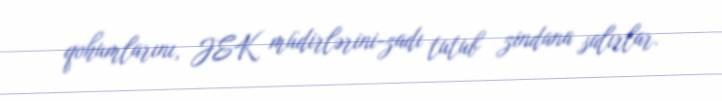
qohumlarını, JEK müdirlərini-zadı tutub zindana salırlar.